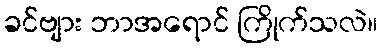
ခင်ဗျား ဘာအရောင် ကြိုက်သလဲ။